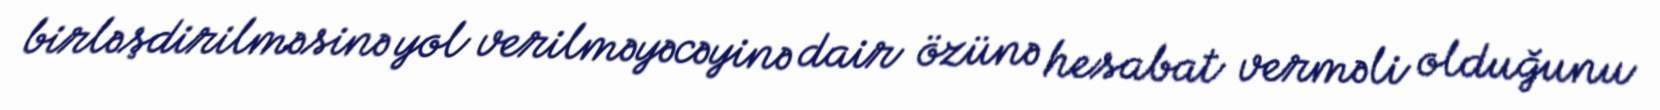
birləşdirilməsinə yol verilməyəcəyinə dair özünə hesabat verməli olduğunu